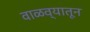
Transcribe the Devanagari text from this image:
वाळव्यातून